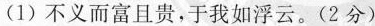
(1) 不义而富且贵，于我如浮云。(2分)